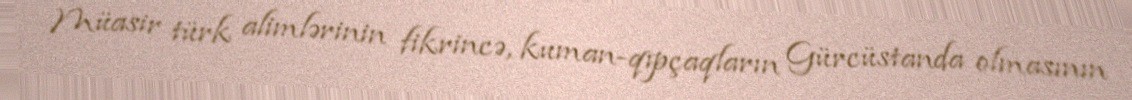
Müasir türk alimlərinin fikrincə, kuman-qıpçaqların Gürcüstanda olmasının